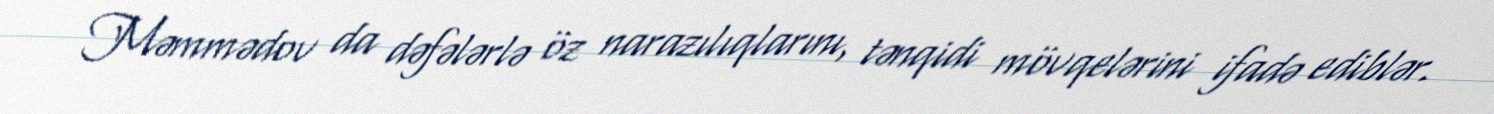
Məmmədov da dəfələrlə öz narazılıqlarını, tənqidi mövqelərini ifadə ediblər.